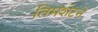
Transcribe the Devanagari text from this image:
तिमशेटने